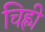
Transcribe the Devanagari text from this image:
चिह्ली